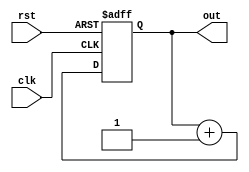
`timescale 1ns / 1ps
//////////////////////////////////////////////////////////////////////////////////
// Company: 
// Engineer: 
// 
// Design Name: 
// Module Name:    counter 
// Project Name: 
// Target Devices: 
// Tool versions: 
// Description: 
//
// Dependencies: 
//
// Revision: 
// Revision 0.01 - File Created
// Additional Comments: 
//
//////////////////////////////////////////////////////////////////////////////////
module counter(
    input clk,   //clock input
    input rst,   //reset
    output reg [3:0] out  //current count
    );

always @ (posedge clk or posedge rst)  //run on clock posedge or clock reset
begin
	if (rst)   //if reset
		out <= 4'b0000;  //set counter to 0
	else    //else
		out <= out + 1'b1;   //increment counter by 1 bit
end

endmodule